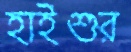
হাইশুর